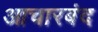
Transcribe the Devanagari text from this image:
आचारबंद